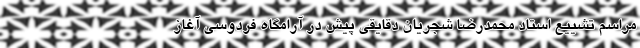
مراسم تشییع استاد محمدرضا شجریان دقایقی پیش در آرامگاه فردوسی آغاز